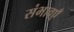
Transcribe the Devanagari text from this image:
संभावएँ